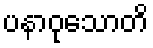
ပနာဝုသောတိ